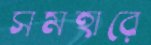
সমহারে